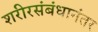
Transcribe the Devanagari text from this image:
शरीरसंबंधानंतर